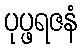
ပုပ္ဖရဇနံ